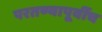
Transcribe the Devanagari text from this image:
परतण्यापूर्वीच